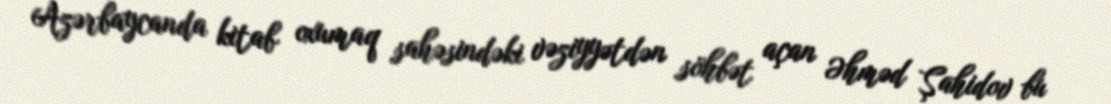
Azərbaycanda kitab oxumaq sahəsindəki vəziyyətdən söhbət açan Əhməd Şahidov bu